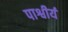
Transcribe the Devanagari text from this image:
पाश्वीर्य